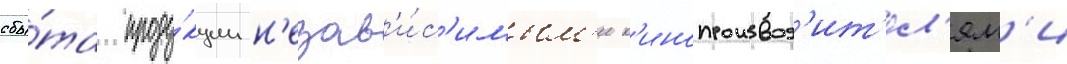
сбы́та проду́кции н'езав'и́с'имым'и к'инопроизвод'ит'ел'ям'и